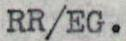
RR/EG.